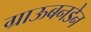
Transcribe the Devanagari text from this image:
ग्राऊबनडेन